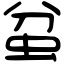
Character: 蚠